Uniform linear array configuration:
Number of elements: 24
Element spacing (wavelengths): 0.5
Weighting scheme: cosine
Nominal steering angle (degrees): -15
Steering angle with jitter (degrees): -13.575
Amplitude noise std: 0.05
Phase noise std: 0.05

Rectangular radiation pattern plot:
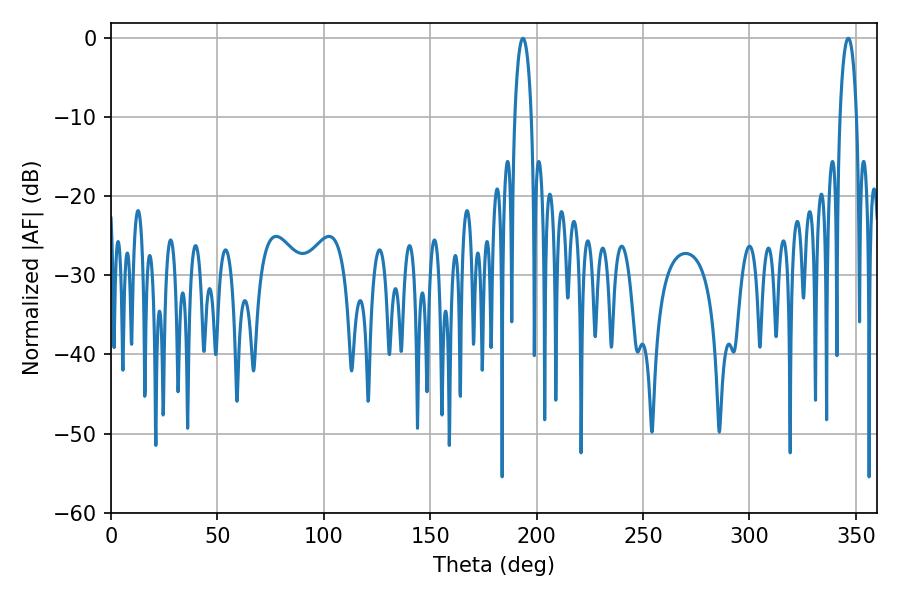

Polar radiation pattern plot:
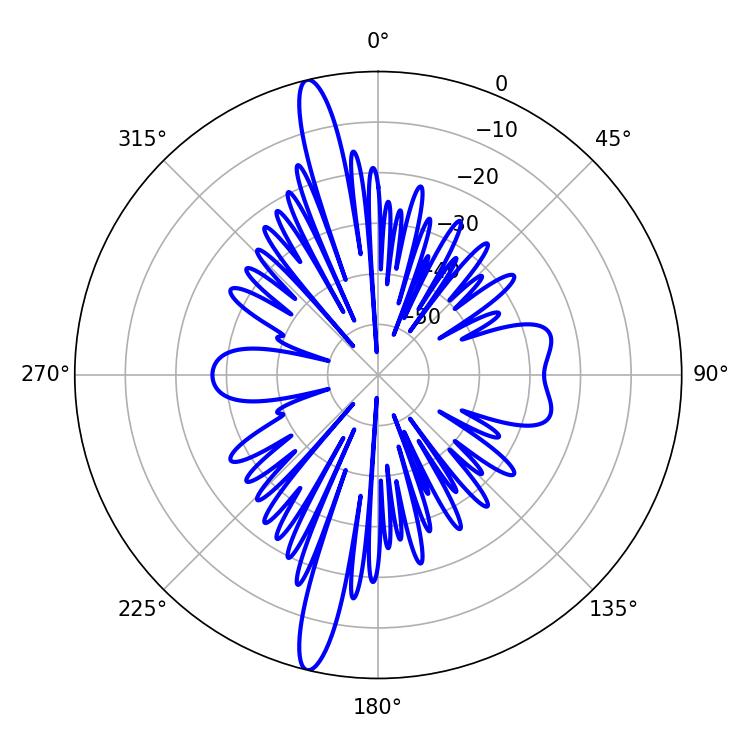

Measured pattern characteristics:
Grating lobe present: FALSE
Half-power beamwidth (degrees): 4.5
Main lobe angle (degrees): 193.5